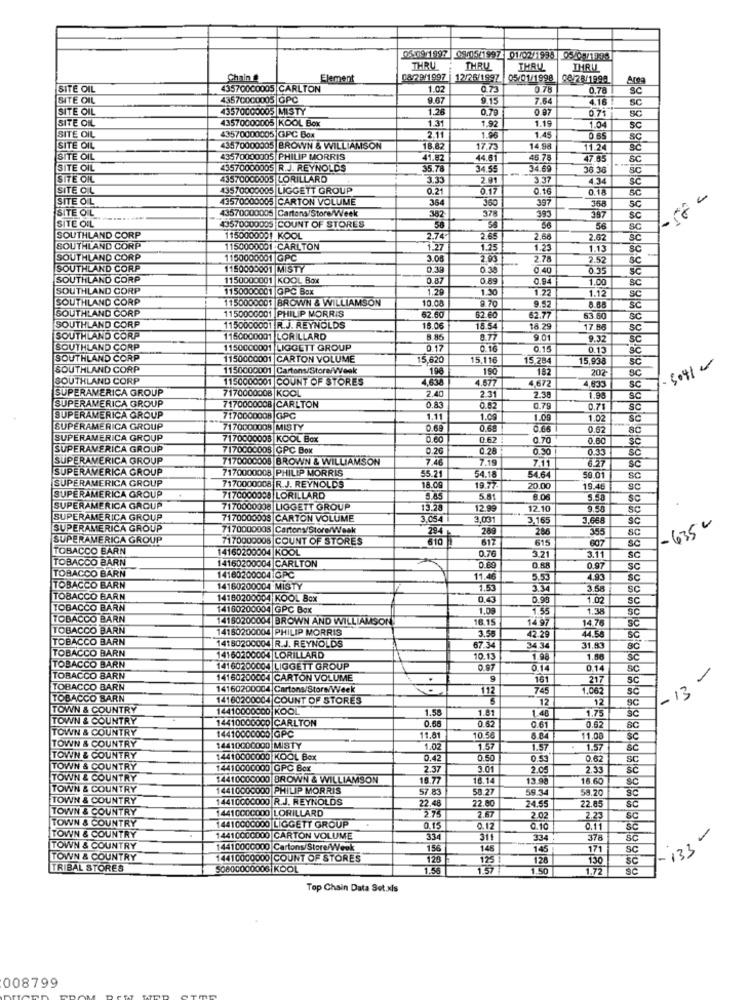
05-0911797 08/05/1997 01/02/1938 05/05/1998
THRU
THRU
THRU
Chain &
Element
08/29/1997 |12/26/1997 05/01/1998 08/28/1998
Arte
SITE OIL
43570000005 |CARLTON
1.02
0.73
0.78
0.78
Sc
SITE OIL
43570000005 |OPC
9.67
9.15
7.64
4.16
SC
SITE OIL
43570000005 |MISTY
1.26
0.79
0 87
0.71
SC
SITE OIL
43570000005 KOOL Box
1.31
1.19
1.92
1.04
SC
SITE OIL
43570000005 GPC Box
2.11
1.96
1.45
0.65
SC
SITE OIL
43570000005 BROWN & WILLIAMSON
18. 82
17.73
14.98
11.24
SITE OIL
43570000005 PHILIP MORRIS
41.82
44.61
46.78
47.85
SC
SITE OIL
43570000005 R.J. REYNOLDS
35.78
34.55
54.68
36 36
SC
SITE OIL
43570000005 LORILLARD
3.33
2.91
3.37
4.34
sc
SITE O.L
43570000005 LIGGETT GROUP
0.2.
0.17
0.16
0.18
3c
SITE OIL
43570000005 CARTON VOLUME
364
360
397
SITE OL
43570000005 Cartons/Store/Week
358
SC
SITE OIL
382
378
393
387
SC
43570000005 COUNT OF STORES
56
56
SC
SOUTHLAND CORP
1150000001 KOOL
2.74
2.65
.68
.62
3C
SOUTHLAND CORP
1150000001 CARLTON
1.27
1.25
1.23
1.13
SC
SOUTHLAND CORP
1150000001 GPC
3.00
2.00
2.52
sc
SOUTHLAND CORP
1150000001 MISTY
0.38
0.38
0.40
0.35
SC
SOUTHLAND CORP
1150000001 KOOL Box
0.87
0.89
0.94
1.00
SC
SOUTHLAND CORP
1150000001 GPC Box
1.20
1.30
1.22
1.12
SOUTHLAND CORP
1150000001 BROWN & WILLIAMSON
10.00
9.70
SC
SOUTHLAND CORP
9.52
SC
1150000001 PHILIP MORRIS
62.6
$2.60
62.77
83.60
SC
SOUTHLAND CORP
1150000001 |R.J. REYNOLDS
18.0
18.5
18.29
17.86
SC
SOUTHLAND CORP
1150000001 LORILLARD
8.86
8.77
9.01
9.32
SC
SOUTHLAND CORP
1150000001 LIGGEIT GROUP
0.17
0.16
0.15
0.13
SOUTHLAND CORP
1150000001 CARTON VOLUME
15,620
15.116
15.284
15.938
SC
3041 -
SOUTHLAND CORP
1150000001 Cartons/Store/Week
198
150
182
202
SC
SOUTHLAND CORP
1150000001 COUNT OF STORES
4.634
4.677
4.672
4,833
SUPERAMERICA GROUP
7170000008 KOOL
2.40
sc
SUPERAMERICA GROUP
2.31
2.38
1.99
SC
7170000008 CARLTON
0.83
0.82
0.79
0.71
SC
SUPERAMERICA GROUP
7170000008 C.PC
1.11
1.09
1.00
1.02
SC
SUPERAMERICA GROUP
7170000008 MISTY
0.68
0.68
0.62
8C
SUPERAMERICA GROUP
7170000008 KOOL Box
0.60
0.62 :
0.70
0.60
SUPERAMERICA GROUP
7170000008 GPC Box
0.26
028
0.30
0.33
SC
SUPERAMERICA GROUP
7170000008 BROWN & WILLIAMSON
7.46
7.19
7.11
SUPERAMERICA GROUP
7170000008 PHILIP MORRIS
55.21
18.0g
54.18
54.64
59.01
SC
SUPERAMERICA GROUP
7170000008 R.J. REYNOLDS
19.77
20.00
19.45
SUPERAMERICA GROUP
7170000008 |LORILLARD
5.85
5.81
8.06
Sc
SUPERAMERICA GROUP
7170000008 LIGGETT GROUP
13.28
12.99
12.10
9.50
SC
SUPERAMERICA GROUP
7170000008 CARTON VOLUME
3,054
3,031
3.165
3.668
SUPERAMERICA GROUP
7170000008 Cartons/Store/Week
284
289
286
355
SC
-635 0
SUPERAMERICA GROUP
7170000008 COUNT OF STORES
617
615
607
SC
TOBACCO BARN
14160200004 KOOL
0.76
3.21
SC
TOBACCO BARN
14160200004 CARLTON
3.11
TOBACCO BARN
0.69
0.88
0.97
sc
14160200004 GPC
11.46
5.53
4.93
SC
TOBACCO BARN
14160200004 MISTY
1.53
3.34
3.58
SC
TOBACCO BARN
14180200004 KOOL Box
0,43
0.98
1.02
SC
TOBACCO BARN
14160200004 GPC Box
1.08
1.55
1.38
SC
TOBACCO BARN
4150200004 BROWN AND WILLIAMSON
16.15
1497
14.76
SC
TOBACCO BARN
14180200004 PHILIP MORRIS
TOBACCO BARN
14180200004 R.J. REYNOLDS
3.50
42.29
44.58
SC
TOBACCO BARN
67.34
34.34
31.83
14160200004 LORILLARD
10.13
1.96
1.00
SC
TOBACCO BARN
14160200004 LIGGETT GROUP
0.87
0.14
0.14
SC
TOBACCO BARN
14160200004 CARTON VOLUME
.
161
217
SC
-
TOBACCO BARN
14160200004 Cartons/Store/Week
112
745
1.062
SC
-13
TOBACCO BARN
14160200004 COUNT OF STORES
12
12
TOWN & COUNTRY
14410000000 KOOL
1.58
1.81
1.48
1.75
9C
TOWN & COUNTRY
14410000000 CARLTON
0.66
0.62
TOWN & COUNTRY
0.61
0.62
14410000000 GPC
11.01
10.5
6.84
11.08
SC
TOWN & COUNTRY
14410000000 MISTY
1.02
1.57
1.57
1.57
TOWN & COUNTRY
14410000000 KOOL Box
0.42
0.50
0.53
0.62
SC
TOWN & COUNTRY
14410000000 GPC Box
2.37
3.01
2.05
2.33
TOWN & COUNTRY
14410000000 BROWN & WILLIAMSON
18.77
18.14
13.90
16.60
TOWN & COUNTRY
14410000000 PHILIP MORRIS
57.83
58.27
59.34
TOWN & COUNTRY
14410000000 R.J. REYNOLDS
22.80
22.85
58.20
TOWN & COUNTRY
1441CCCC000 LORILLARD
22.48
2.75
2.67
24.55
2.02
2.23
SC
TOWN & COUNTRY
14410000000 LIGGETT GROUP
0.15
0.12
0.10
0.11
3c
-
TOWN & COUNTRY
14410000000 CARTON VOLUME
334
311
33.
378
SC
TOWN & COUNTRY
14410000000 Cartons/Store/Week
156
14
145
171
SC
-133
TOWN & COUNTRY
14410000000 COUNT OF STORES
129
125
128
130
SC
TRIBAL STORES
50800000008 |KOOL
1.571
1.50
1.72
Top Chain Data Set.xls
008799